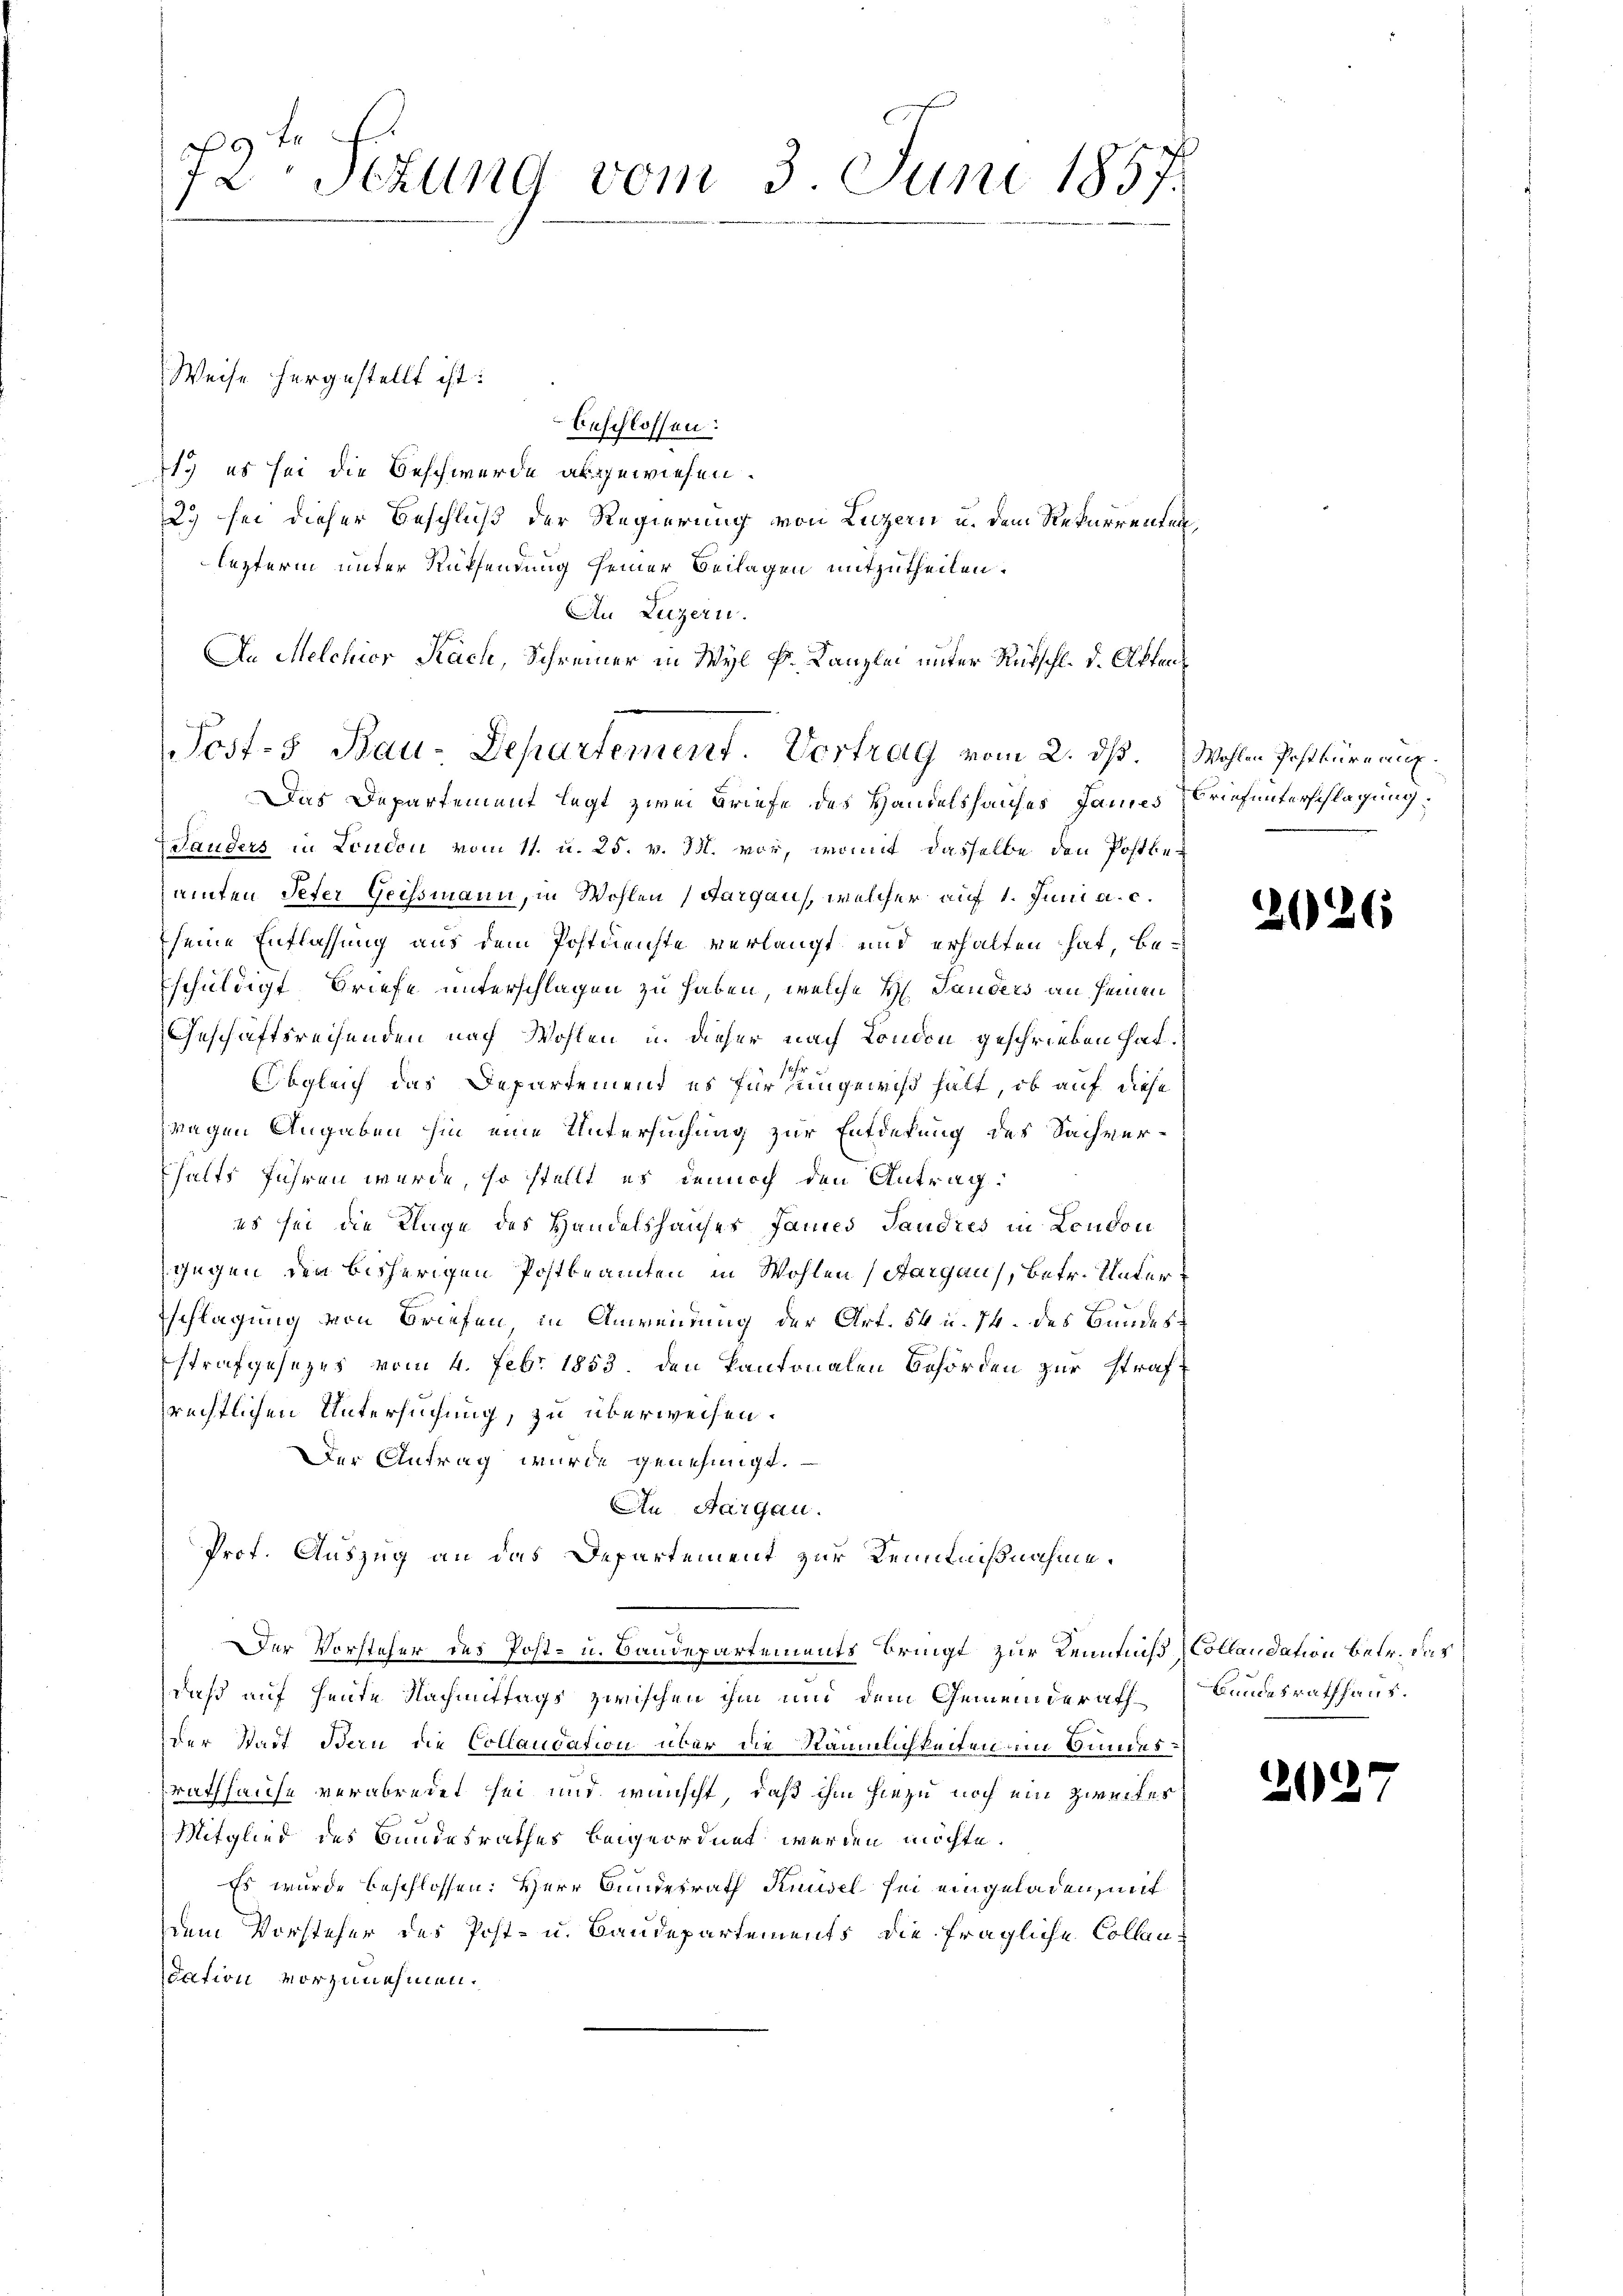
72. Sezung vom 3. Juni 1857.

Weise hergestellt ist:
beschlossen:
1. es sei die Beschwerde abgewiesen.
2.) sei dieser Beschluß der Regierung von Luzern u. dem Rekurrentenlezterm unter Rüksendung seiner Beilagen mitzutheilen.
An Luzern.
An Melchior Rach, Schreiner in Wyl Fr. Kanzlei unter Rückschl. d. Akten
Das Departement legt zwei Briefe des Handelshauses James Briefunterschlagung
Landers in London vom 11. u. 25. v. M. vor, womit dasselbe den Postbeamten Peter Geissmann, in Wohlen (Aargaus, welcher auf 1. Juni a. c.
seine Entlassung aus dem Postdienste verlangt und erhalten hat, beschuldigt Briefe unterschlagen zu haben, welche H. Sanders an seinen
Geschäftsrechenden nach Wohlen u. dieser nach London geschrieben hat.
Obgleich das Departemend es für seingewiß hält, ob auf diese
wagen Angaben hin eine Untersuchung zur Entdekung des Sachver-
halts führen wurde, so stellt es dennoch den Antrag.
es sei die Klage des Handelshauses James Tandres in London
gegen den bisherigen Postbeamten in Wohlen Sargau, betr. Unter
schlagung von Briefen in Anwendung der Art. 54 u. 14. des Bundes¬
Estrafgesezes vom 4. Febr 1853 den kantonalen Behörden zur Strafrechtlichen Untersuchung, zu überweisen.
Der Antrag wurde genehmigt.
An Aargau.
Prof. Auszug an das Departement zur Kenntnißnahme.
Der Vorsteher des Post- u. Baudepartements bringt zur Kenntiß Collandation betr. das
daß auf heute Nachmittags zwischen ihm und dem Gemeinderath Bundesrathhaus.
der Stadt Bern die Collaudation über die Räumlichkeiten im Bundesrathhause verabredet sei und wünscht, daß ihm hiezu noch ein Zweifer
Mitglied des Bundesrathes beigeordnet werden möchte.
Es wurde beschlossen: Herr Bundesrath Knüsel sei eingeladen, mit
dem Vorsteher des Post- u. Baudepartements die fragliche Collen
scation vorzunehmen.

Posts Bau-Departement. Vertrag vom 2. ds. Wohlen Postkurnaux.

2

2

i